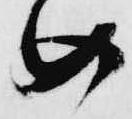
め